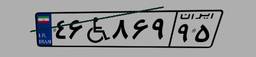
۳۷W۰۳۲۷۳